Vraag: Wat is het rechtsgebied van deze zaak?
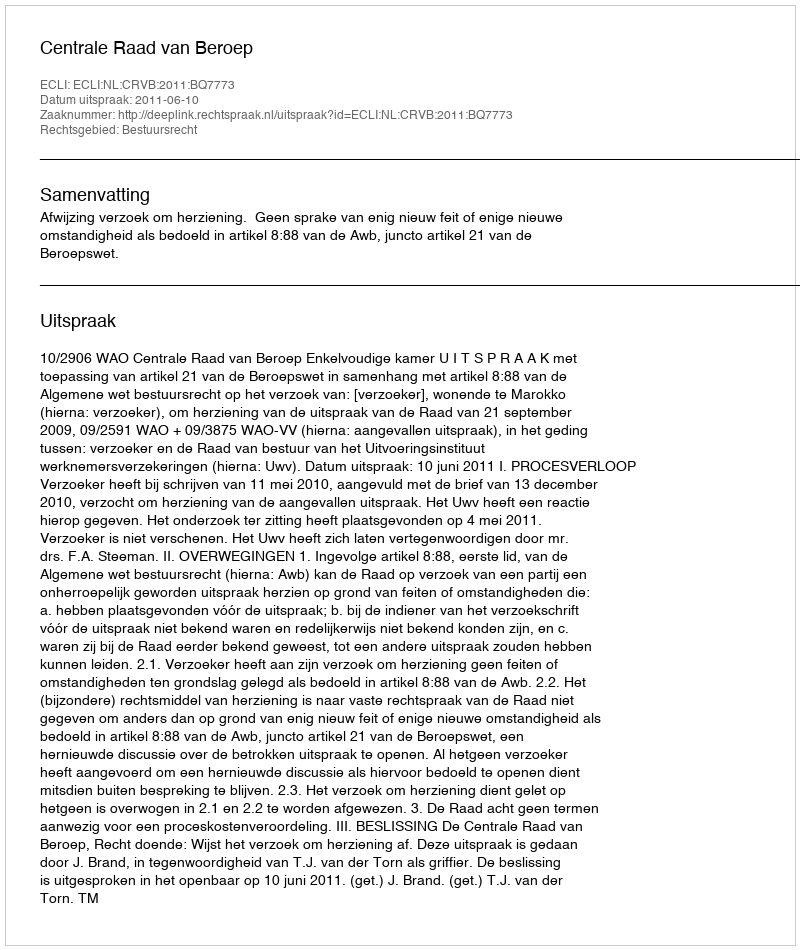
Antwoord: Bestuursrecht